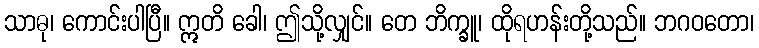
သာဓု၊ ကောင်းပါပြီ။ ဣတိ ခေါ၊ ဤသို့လျှင်။ တေ ဘိက္ခူ၊ ထိုရဟန်းတို့သည်။ ဘဂဝတော၊